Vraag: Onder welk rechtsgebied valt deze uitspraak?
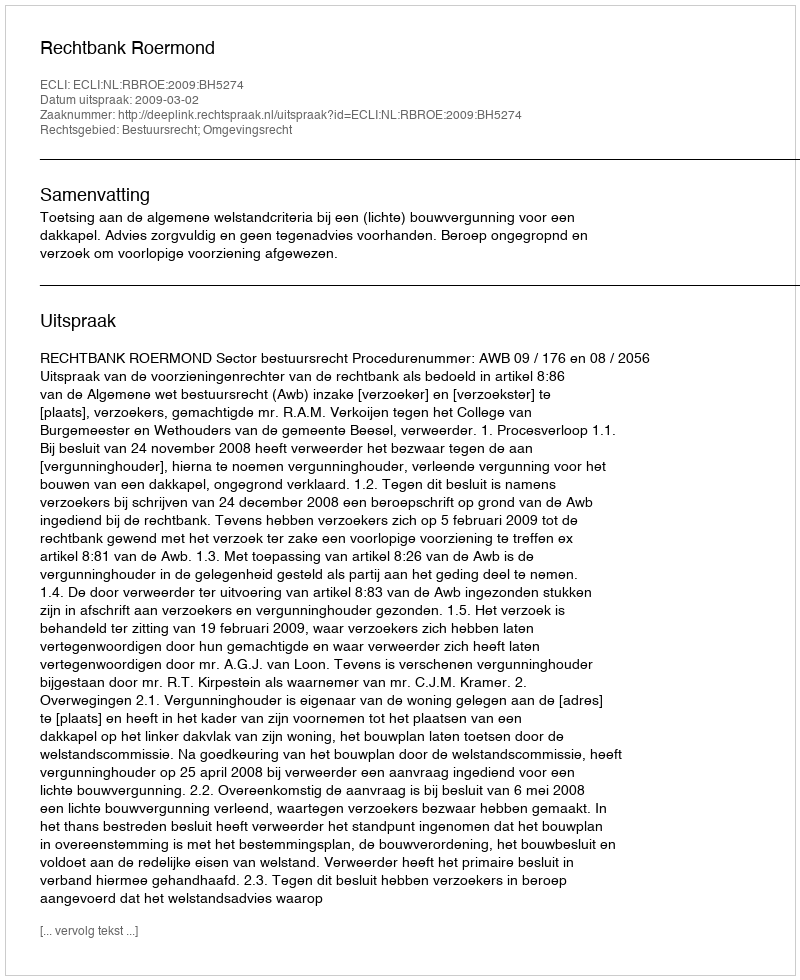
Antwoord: Bestuursrecht; Omgevingsrecht